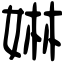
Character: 㛦